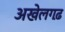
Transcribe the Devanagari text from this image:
अखेलगढ़